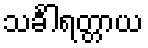
သင်္ခါရတ္တာယ